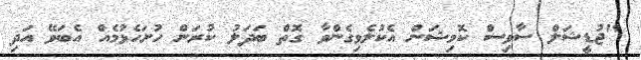
"ޖުޑީޝަލް ސާވިސް ކޮމިޝަން އެކުލެވިގެންވާ ގޮތް ބަދަލު ކުރަން ހުށަހެޅުމެއް އެބަވޭ އަދި